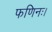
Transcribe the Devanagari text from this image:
फणिनः।